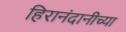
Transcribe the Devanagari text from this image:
हिरानंदानीच्या